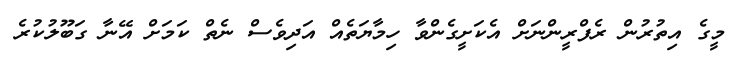
މީގެ އިތުރުން ރެފްރީންނަށް އެކަށީގެންވާ ހިމާޔަތެއް އަދިވެސް ނެތް ކަމަށް އޭނާ ގަބޫލުކުރެ